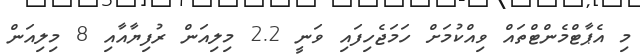
މި އެޕާޓްމެންޓްތައް ވިއްކުމަށް ހަމަޖެހިފައި ވަނީ 2.2 މިލިއަން ރުފިޔާއާއި 8 މިލިއަން